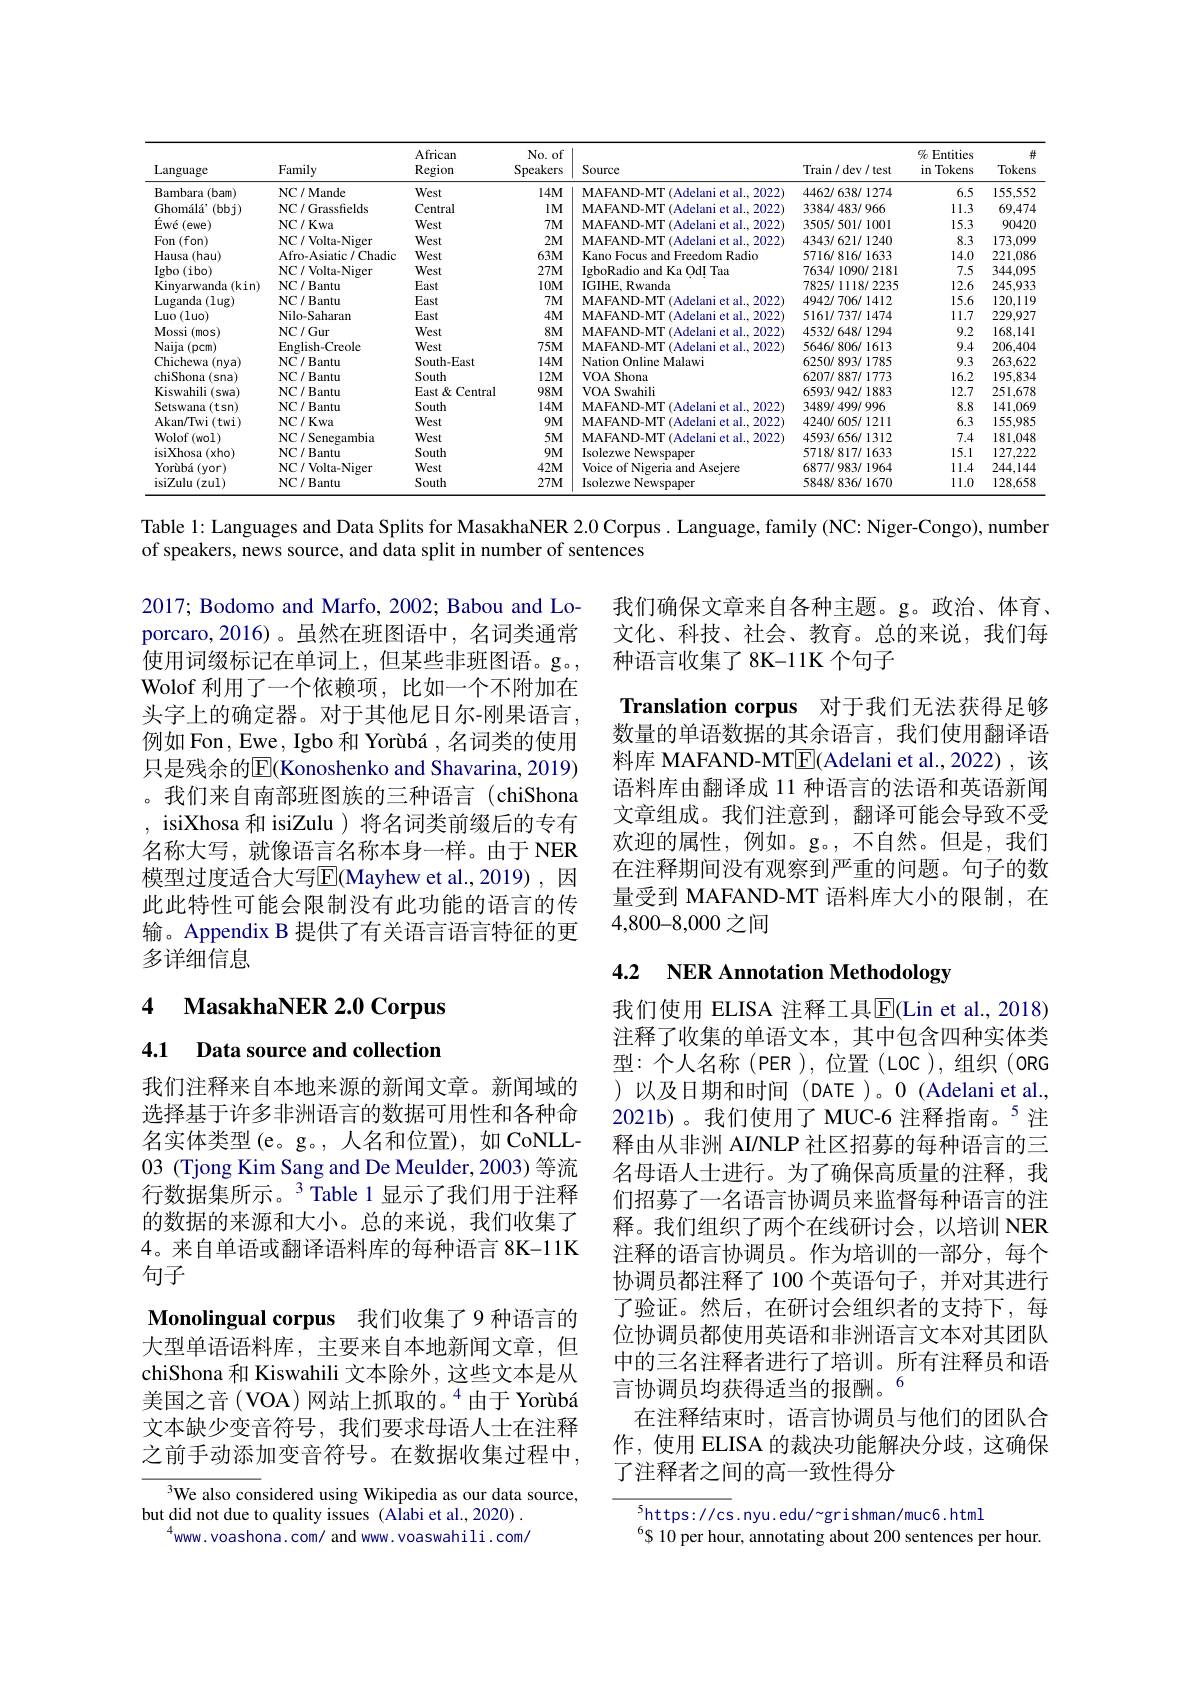
<table>
	<tbody>
		<tr>
			<th>Language</th>
			<th>Family</th>
			<th>African Region</th>
			<th>No. of Speakers</th>
			<th>Source</th>
			<th>Train/ dev/ test</th>
			<th>$\%$ Entities in Tokens</th>
			<th>Tokens</th>
		</tr>
		<tr>
			<td>Bambara $(bam)$</td>
			<td>NC/Mande</td>
			<td>West</td>
			<td>$14M$</td>
			<td>MAFAND-MT(Adelani et al., 2022)</td>
			<td>4462/638/1274</td>
			<td>6.5</td>
			<td>155.552</td>
		</tr>
		<tr>
			<td>Ghomálá' $(bbj)$ </td>
			<td>NC/Grassfields</td>
			<td>Central</td>
			<td>$lM$</td>
			<td>MAFAND-MT(Adelani et al., 2022)</td>
			<td>3384/483/966</td>
			<td>11.3</td>
			<td>69,47</td>
		</tr>
		<tr>
			<td>$\acute{\mathrm{Ewé(ewe)}}$</td>
			<td>NC/ Kwa</td>
			<td>West</td>
			<td>$7M$</td>
			<td>MAFAND-MT(Adelani et al., 2022)</td>
			<td>3505/501/1001</td>
			<td>15.3</td>
			<td>$9042C$</td>
		</tr>
		<tr>
			<td>Fon(fon)</td>
			<td>NC/Volta-Niger</td>
			<td>West</td>
			<td>$2M1$</td>
			<td>MAFAND-MT (Adelani et al., 2022)</td>
			<td>4343/621/1240</td>
			<td>8.3</td>
			<td>173,099</td>
		</tr>
		<tr>
			<td>Hausa (hau)</td>
			<td>Afro-Asiatic/Chadic</td>
			<td>West</td>
			<td>$63M$</td>
			<td>Kano Focus and Freedom Radio</td>
			<td>5716/816/1633</td>
			<td>14.0</td>
			<td>221,086</td>
		</tr>
		<tr>
			<td>Igbo ( ibo) </td>
			<td>NC/Volta-Niger</td>
			<td>West</td>
			<td>$27M$</td>
			<td>IgboRadio and Ka OdI Taa</td>
			<td>7634/1090/2181</td>
			<td>7.5</td>
			<td>344,099</td>
		</tr>
		<tr>
			<td>Kinyarwanda(kin)</td>
			<td>NC/Bantu</td>
			<td>East</td>
			<td>$10M$</td>
			<td>IGIHE, Rwanda</td>
			<td>7825/1118/2235</td>
			<td>12.6</td>
			<td>245.933</td>
		</tr>
		<tr>
			<td>Luganda ( lug) </td>
			<td>NC/Bantu</td>
			<td>East</td>
			<td>$7M$</td>
			<td>MAFAND-MT (Adelani et al..2022</td>
			<td>4942/706/1412</td>
			<td>15.6</td>
			<td>120,119</td>
		</tr>
		<tr>
			<td>$\operatorname{Luo}(1$uo)</td>
			<td>Nilo-Saharan</td>
			<td>East</td>
			<td>$4M$</td>
			<td>MAFAND-MT (Adelani et al..2022</td>
			<td>5161/737/1474</td>
			<td>11.7</td>
			<td>229,927</td>
		</tr>
		<tr>
			<td>Mossi i (mos)</td>
			<td>NC/Gur</td>
			<td>West</td>
			<td>$8M1$</td>
			<td>MAFAND-MT (Adelani et al., 2022)</td>
			<td>4532/648/1294</td>
			<td>9.2</td>
			<td>168,14</td>
		</tr>
		<tr>
			<td>Naija $(pcm)$</td>
			<td>English-Creole</td>
			<td>West</td>
			<td>$75M$</td>
			<td>MAFAND-MT (Adelani et al..2022)</td>
			<td>5646/806/1613</td>
			<td>9.4</td>
			<td>206,404</td>
		</tr>
		<tr>
			<td>Chichewa (nya)</td>
			<td>NC/Bantu</td>
			<td>South-East</td>
			<td>$14M$</td>
			<td>Nation Online Malawi</td>
			<td>6250/893/1785</td>
			<td>9.3</td>
			<td>263.622</td>
		</tr>
		<tr>
			<td>chiShona (sna)</td>
			<td>NC/Bantu</td>
			<td>South</td>
			<td>$12M$</td>
			<td>VOA Shona</td>
			<td>6207/887/1773</td>
			<td>16.2</td>
			<td>195.83</td>
		</tr>
		<tr>
			<td>Kiswabili (swa)</td>
			<td>NC/Bantu</td>
			<td>East& Central</td>
			<td>$98M$</td>
			<td>VOASwahili</td>
			<td>6593/942/1883</td>
			<td>12.7</td>
			<td>251.678</td>
		</tr>
		<tr>
			<td>Setswana $(tsn)$</td>
			<td>NC/Bantu</td>
			<td>South</td>
			<td>$14M$</td>
			<td>MAFAND-MT (Adelani et al..2022</td>
			<td>3489/499/996</td>
			<td>8.8</td>
			<td>141,069</td>
		</tr>
		<tr>
			<td>Akan/ Twi( twi) </td>
			<td>NC/ Kwa</td>
			<td>West</td>
			<td>$9M$</td>
			<td>MAFAND-MT (Adelani et al..2022</td>
			<td>4240/605/1211</td>
			<td>6.3</td>
			<td>155.989</td>
		</tr>
		<tr>
			<td>Wolof(wol)</td>
			<td>NC/ Senegambia</td>
			<td>West</td>
			<td>$5M$</td>
			<td>MAFAND-MT(Adelani et al., 2022)</td>
			<td>4593/656/1312</td>
			<td>7.4</td>
			<td>181,048</td>
		</tr>
		<tr>
			<td>isiXhosa $(xho)$ T</td>
			<td>NC/Bantu</td>
			<td>South</td>
			<td>$9M$</td>
			<td>Isolezwe Newspaper</td>
			<td>5718/817/1633</td>
			<td>15.1</td>
			<td>127,2222</td>
		</tr>
		<tr>
			<td>Yorùbá (yor)</td>
			<td>NC/Volta-Niger</td>
			<td>West</td>
			<td>$42M$</td>
			<td>Voice of Nigeria and Asejere</td>
			<td>6877/983/1964</td>
			<td>11.4</td>
			<td>244,144</td>
		</tr>
		<tr>
			<td>isiZulu (zul)</td>
			<td>NC/Bantu</td>
			<td>South</td>
			<td>$27M$</td>
			<td>Isolezwe Newspaper</td>
			<td>5848/836/1670</td>
			<td>11.0</td>
			<td>128.658</td>
		</tr>
	</tbody>
</table>

Table 1: Languages and Data Splits for MasakhaNER 2.0 Corpus . Language, family (NC: Niger-Congo), number

of speakers, news source, and data split in number of sentences

我们确保文章来自各种主题。g。政治、体育、 文化、科技、社会、教育。总的来说，我们每种语言收集了8K-11K个句子
Translation corpus 对于我们无法获得足够数量的单语数据的其余语言，我们使用翻译语料库 MAFAND-MTE(Adelani et al.,2022),该语料库由翻译成 11 种语言的法语和英语新闻文章组成。我们注意到，翻译可能会导致不受欢迎的属性，例如。g。,不自然。但是，我们在注释期间没有观察到严重的问题。句子的数量受到 MAFAND-MT 语料库大小的限制，在4,800-8,000之间

2017; Bodomo and Marfo, 2002; Babou and Loporcaro,2016)。虽然在班图语中，名词类通常使用词缀标记在单词上，但某些非班图语。g。Wolof 利用了一个依赖项，比如一个不附加在头字上的确定器。对于其他尼日尔-刚果语言， 例如 Fon , Ewe, Igbo 和 Yorùbá ,名词类的使用只是残余的$\overline{\mathbb{E}}($Konoshenko and Shavarina, 2019) 。我们来自南部班图族的三种语言(chiShona , isiXhosa 和 isiZulu ) 将名词类前缀后的专有名称大写，就像语言名称本身一样。由于 NER 模型过度适合大写$\overline{\mathrm{E}}$(Mayhew et al.,2019),因此此特性可能会限制没有此功能的语言的传输。Appendix B 提供了有关语言语言特征的更多详细信息

### 4.2 $\textbf{NER Annotation Methodology}$

4 MasakhaNER 2.0 Corpus

4.1 Data source and collection

我们使用 ELISA 注释工具$\overline{\mathbb{E}}($Lin et al., 2018) 注释了收集的单语文本，其中包含四种实体类$型：$个人名称(PER),位置(LOC),组织(ORG) )以及日期和时间(DATE)。0(Adelani et al., 2021b)。我们使用了 MUC-6 注释指南。$^{5}$注释由从非洲 AI/NLP 社区招募的每种语言的三名母语人士进行。为了确保高质量的注释，我们招募了一名语言协调员来监督每种语言的注释。我们组织了两个在线研讨会，以培训 NER 注释的语言协调员。作为培训的一部分，每个协调员都注释了100 个英语句子，并对其进行了验证。然后，在研讨会组织者的支持下，每位协调员都使用英语和非洲语言文本对其团队中的三名注释者进行了培训。所有注释员和语言协调员均获得适当的报酬。6
在注释结束时，语言协调员与他们的团队合作，使用 ELISA 的裁决功能解决分歧，这确保了注释者之间的高一致性得分

我们注释来自本地来源的新闻文章。新闻域的选择基于许多非洲语言的数据可用性和各种命名实体类型(e。g。,人名和位置),如 CoNLL- 03 (Tjong Kim Sang and De Meulder, 2003) 等流行数据集所示。$^{3}$Table 1显示了我们用于注释的数据的来源和大小。总的来说，我们收集了4。来自单语或翻译语料库的每种语言 8K-11K 句子
Monolingual corpus 我们收集了9 种语言的大型单语语料库，主要来自本地新闻文章，但chiShona 和 Kiswahili 文本除外，这些文本是从美国之音 (VOA) 网站上抓取的。$^{4}$由于 Yorùbá 文本缺少变音符号，我们要求母语人士在注释之前手动添加变音符号。在数据收集过程中，

$^{3}$We also considered using Wikipedia as our data source,
but did not due to quality issues (Alabi et al., 2020) .
$^{4}$www.voashona.com/ and www.voaswahili.com/

$\overline{^5\mathrm{https:}//\mathrm{cs}}$.nyu.edu/~grishman/muc6.html
$^6$S 10 per hour, annotating about 200 sentences per hour.